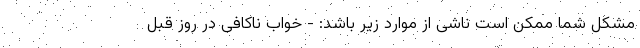
مشکل شما ممکن است ناشی از موارد زیر باشد: - خواب ناکافی در روز قبل